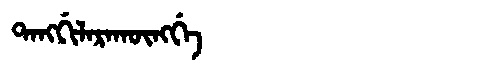
Manchu: ᡨᠠᠩᡤᡳᠯᠠᡵᠠᡴᡡᠩᡤᡝ
Romanization: TANGGILARAKŪNGGE